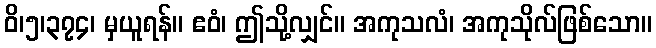
ဝိ၊၅၊၃၇၄၊ မှယူရန်။ ဧဝံ၊ ဤသို့လျှင်။ အကုသလံ၊ အကုသိုလ်ဖြစ်သော။